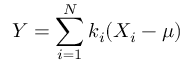
Y = \sum _ { i = 1 } ^ { N } k _ { i } ( X _ { i } - \mu )